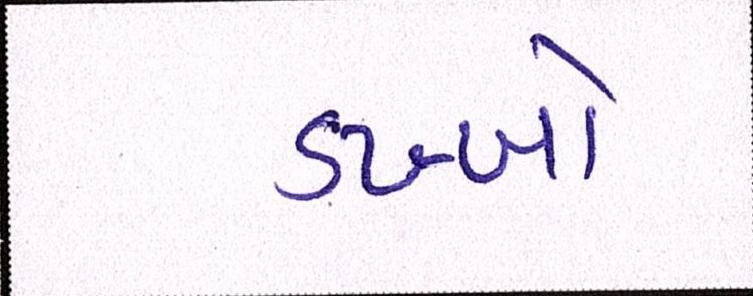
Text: ડખ્ખો